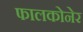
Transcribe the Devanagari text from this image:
फालकोनेर